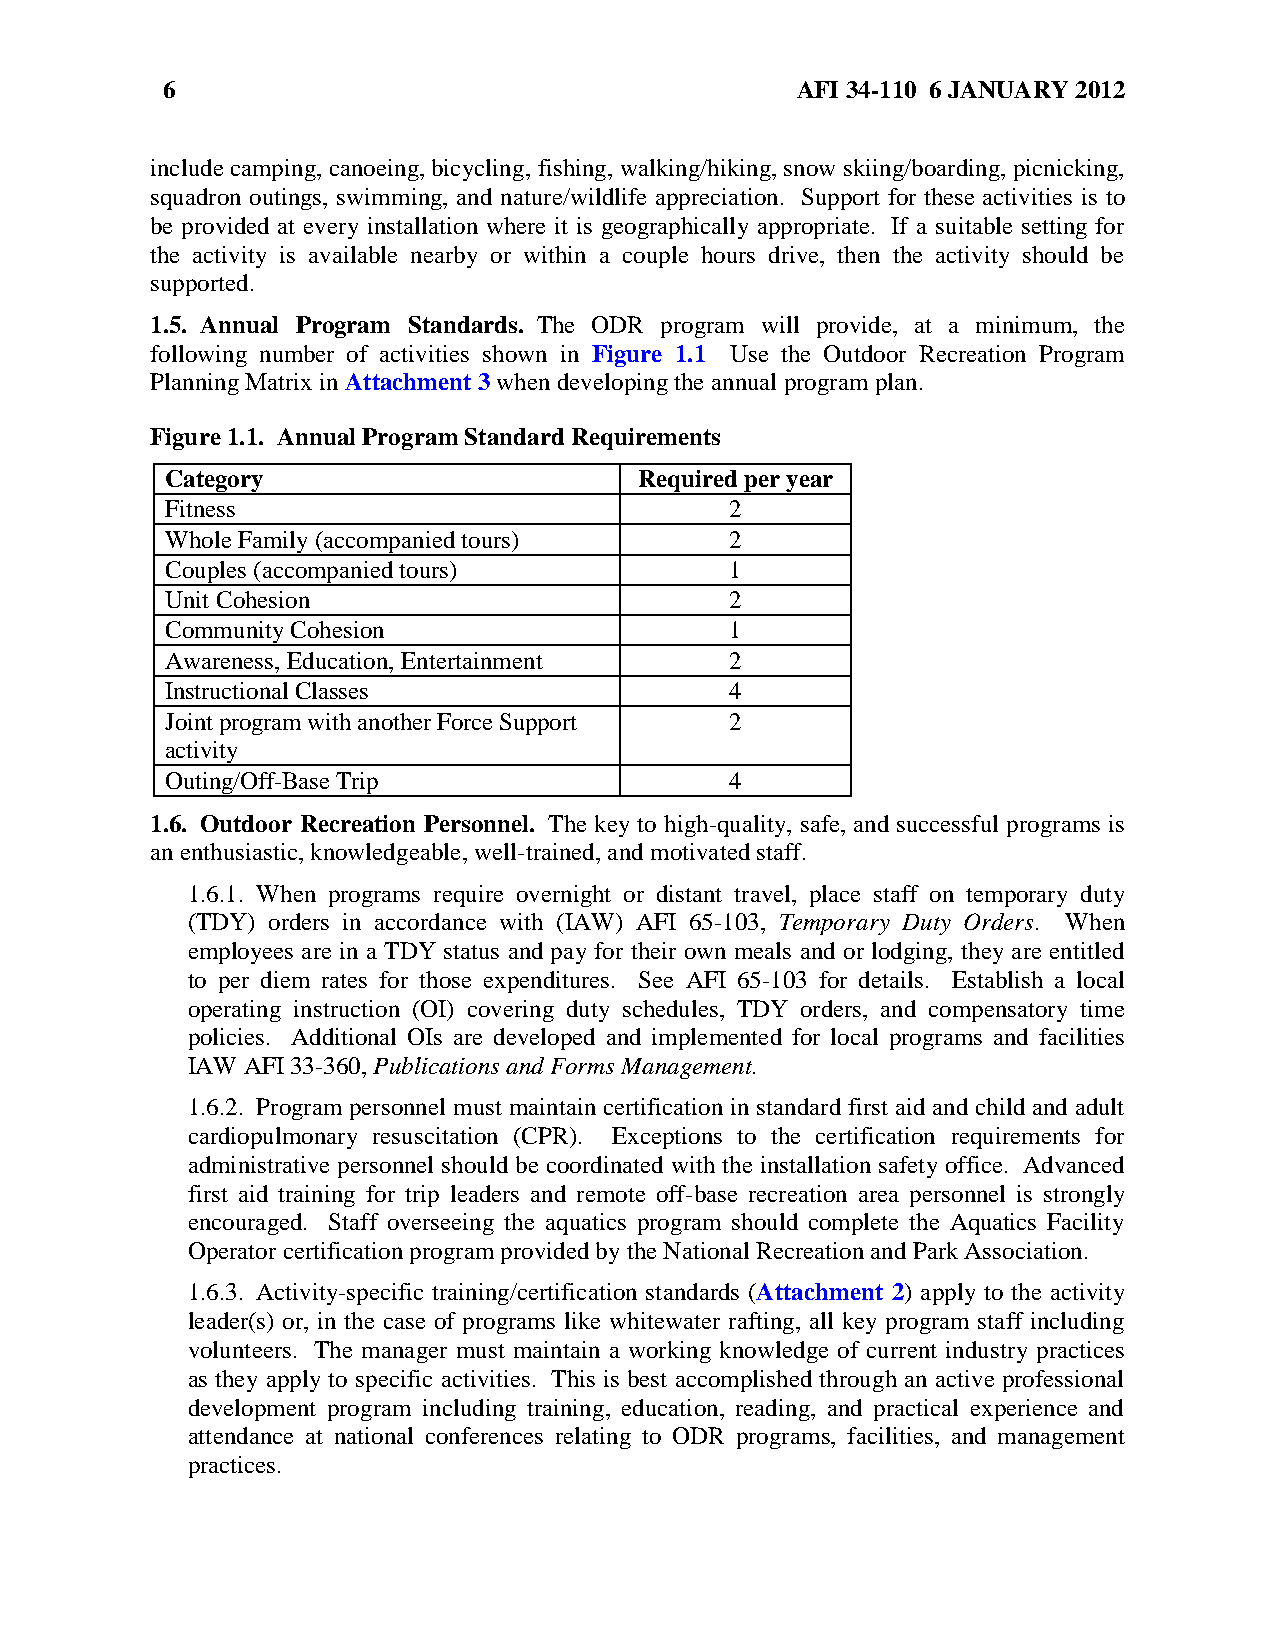
6                                         AFI 34-110 6 JANUARY 2012
 include camping, canoeing, bicycling, fishing, walking/hiking, snow skiing/boarding, picnicking,
 squadron outings, swimming, and nature/wildlife appreciation. Support for these activities is to
 be provided at every installation where it is geographically appropriate. If a suitable setting for
 the activity is available nearby or within a couple hours drive, then the activity should be
 supported.
 1.5. Annual Program Standards. The ODR program will provide, at a minimum, the
 following number of activities shown in Figure 1.1 Use the Outdoor Recreation Program
 Planning Matrix in Attachment 3 when developing the annual program plan.
 Figure 1.1. Annual Program Standard Requirements
 Category                       Required per year
 Fitness                              2
 Whole Family (accompanied tours)     2
 Couples (accompanied tours)          1
 Unit Cohesion                        2
 Community Cohesion                   1
 Awareness, Education, Entertainment  2
 Instructional Classes                4
 Joint program with another Force Support 2
 activity
 Outing/Off-Base Trip                 4
 1.6. Outdoor Recreation Personnel. The key to high-quality, safe, and successful programs is
 an enthusiastic, knowledgeable, well-trained, and motivated staff.
 1.6.1. When programs require overnight or distant travel, place staff on temporary duty
 (TDY) orders in accordance with (IAW) AFI 65-103, Temporary Duty Orders. When
 employees are in a TDY status and pay for their own meals and or lodging, they are entitled
 to per diem rates for those expenditures. See AFI 65-103 for details. Establish a local
 operating instruction (OI) covering duty schedules, TDY orders, and compensatory time
 policies. Additional OIs are developed and implemented for local programs and facilities
 IAW AFI 33-360, Publications and Forms Management.
 1.6.2. Program personnel must maintain certification in standard first aid and child and adult
 cardiopulmonary resuscitation (CPR). Exceptions to the certification requirements for
 administrative personnel should be coordinated with the installation safety office. Advanced
 first aid training for trip leaders and remote off-base recreation area personnel is strongly
 encouraged. Staff overseeing the aquatics program should complete the Aquatics Facility
 Operator certification program provided by the National Recreation and Park Association.
 1.6.3. Activity-specific training/certification standards (Attachment 2) apply to the activity
 leader(s) or, in the case of programs like whitewater rafting, all key program staff including
 volunteers. The manager must maintain a working knowledge of current industry practices
 as they apply to specific activities. This is best accomplished through an active professional
 development program including training, education, reading, and practical experience and
 attendance at national conferences relating to ODR programs, facilities, and management
 practices.